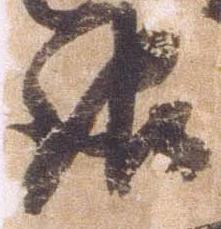
報